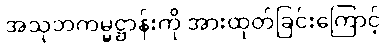
အသုဘကမ္မဋ္ဌာန်းကို အားထုတ်ခြင်းကြောင့်